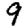
Digit: 9